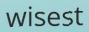
wisest